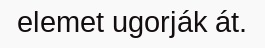
elemet ugorják át.